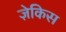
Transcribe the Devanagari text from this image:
ज़ेकिस